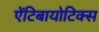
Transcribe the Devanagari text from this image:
ऐंटिबायोटिक्स